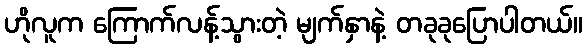
ဟိုလူက ကြောက်လန့်သွားတဲ့ မျက်နှာနဲ့ တခုခုပြောပါတယ်။